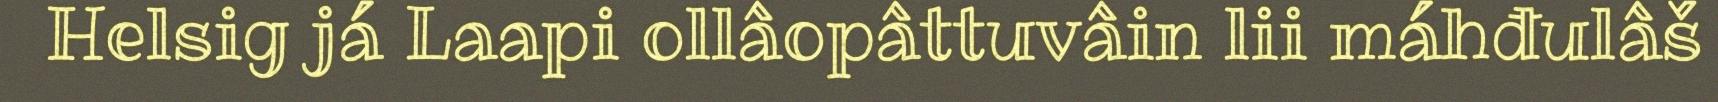
Helsig já Laapi ollâopâttuvâin lii máhđulâš